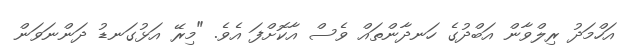
އަހްމަދު ރިލްވާން އަބްދުގެ ހަނދާންތައް ވެސް އާކޮށްފަ އެވެ. "މިރޭ އަޅުގަނޑު ދަންނަވަން